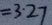
= 3 . 2 7